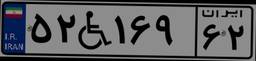
۶۸W۰۶۵۸۴